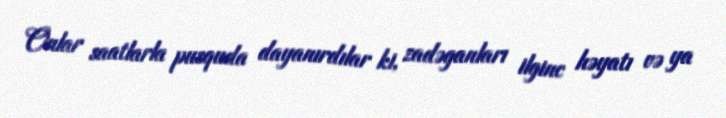
Onlar saatlarla pusquda dayanırdılar ki, zadəganları ilginc həyatı və ya